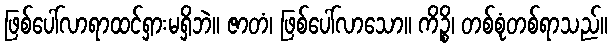
ဖြစ်ပေါ်လာရာထင်ရှားမရှိဘဲ။ ဇာတံ၊ ဖြစ်ပေါ်လာသော။ ကိဉ္စိ၊ တစ်စုံတစ်ရာသည်။